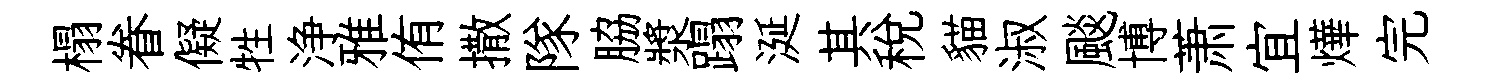
榻眷儗牲浄雅侑撒隊脇漿蹋涎其税貓淑颷博萧宜燁完